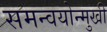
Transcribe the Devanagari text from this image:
समन्वयोन्मुखी